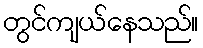
တွင်ကျယ်နေသည်။